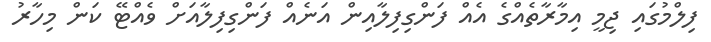
ފިލްމުގައި ޖިމީ އިމާރާތެއްގެ އެއް ފަންގިފިލާއިން އަނެއް ފަންގިފިލާއަށް ވެއްޓޭ ކަން މިހާރު